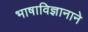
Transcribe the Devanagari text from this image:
भाषाविज्ञानाने